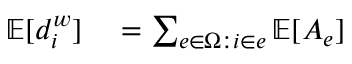
\begin{array} { r l } { \mathbb { E } [ d _ { i } ^ { w } ] } & { { } = \sum _ { e \in \upOmega : i \in e } \mathbb { E } [ A _ { e } ] } \end{array}